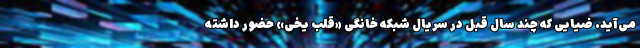
می‌آید. ضیایی که چند سال قبل در سریال شبکه خانگی «قلب یخی» حضور داشته